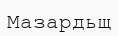
Мазардьщ